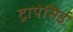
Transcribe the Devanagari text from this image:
ट्रापेसिई